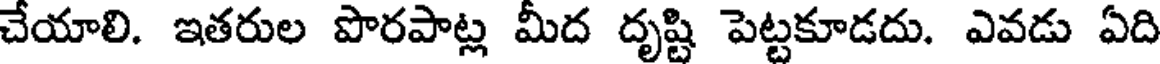
చేయాలి. ఇతరుల పొరపాట్ల మీద దృష్టి పెట్టకూడదు. ఎవడు ఏది